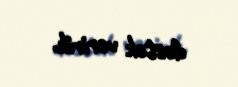
dəstək veririk.